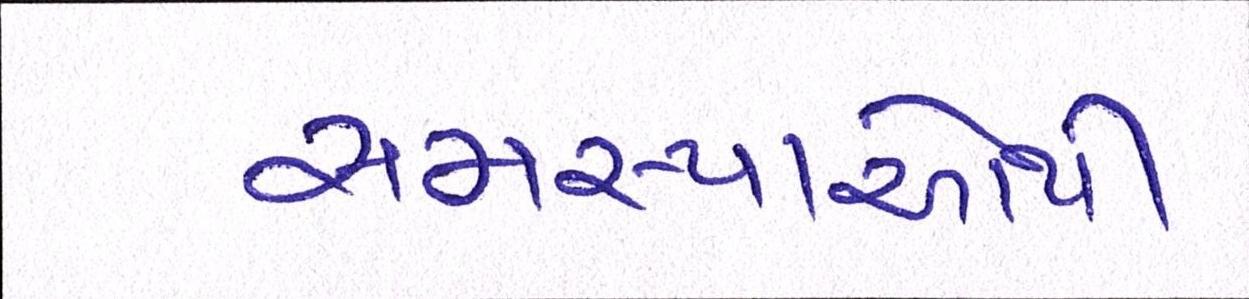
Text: સમસ્યાઓથી